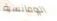
الرومانسية